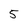
Character: 5